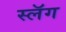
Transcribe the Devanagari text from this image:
स्लॅग